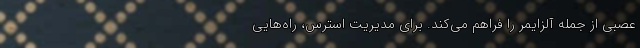
عصبی از جمله آلزایمر را فراهم می‌کند. برای مدیریت استرس، راه‌هایی